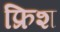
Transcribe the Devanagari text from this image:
फ्रिश